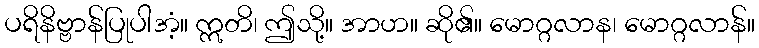
ပရိနိဗ္ဗာန်ပြုပါအံ့။ ဣတိ၊ ဤသို့။ အာဟ။ ဆို၏။ မောဂ္ဂလာန၊ မောဂ္ဂလာန်။